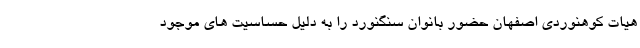
هیات کوهنوردی اصفهان حضور بانوان سنگنورد را به دلیل حساسیت های موجود